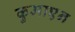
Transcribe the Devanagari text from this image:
कुमाएन